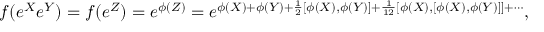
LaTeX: f ( e ^ { X } e ^ { Y } ) = f ( e ^ { Z } ) = e ^ { \phi ( Z ) } = e ^ { \phi ( X ) + \phi ( Y ) + { \frac { 1 } { 2 } } [ \phi ( X ) , \phi ( Y ) ] + { \frac { 1 } { 1 2 } } [ \phi ( X ) , [ \phi ( X ) , \phi ( Y ) ] ] + \cdots } ,